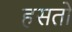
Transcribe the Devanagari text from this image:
हसतो